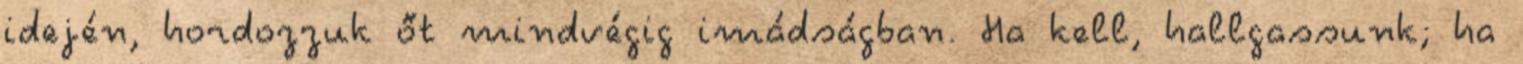
idején, hordozzuk őt mindvégig imádságban. Ha kell, hallgassunk; ha